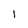
Character: 1